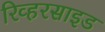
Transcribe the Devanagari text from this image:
रिव्हरसाइड